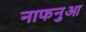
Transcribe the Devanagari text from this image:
नाफनुआ